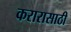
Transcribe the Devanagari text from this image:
करारासाठी